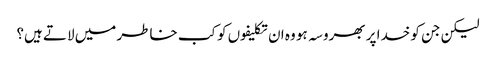
لیکن جن کو خدا پر بھروسہ ہو وہ ان تکلیفوں کو کب خاطر میں لاتے ہیں؟